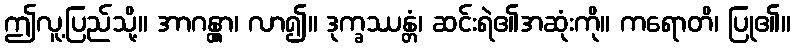
ဤလူ့ပြည်သို့။ အာဂန္တွာ၊ လာ၍။ ဒုက္ခဿန္တံ၊ ဆင်းရဲ၏အဆုံးကို။ ကရောတိ၊ ပြု၏။